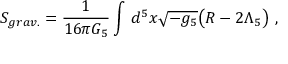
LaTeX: S _ { g r a v . } = \frac { 1 } { 1 6 \pi G _ { 5 } } \int \, d ^ { 5 } x \sqrt { - g _ { 5 } } \big ( R - 2 \Lambda _ { 5 } \big ) \ ,